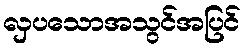
လှပသောအသွင်အပြင်